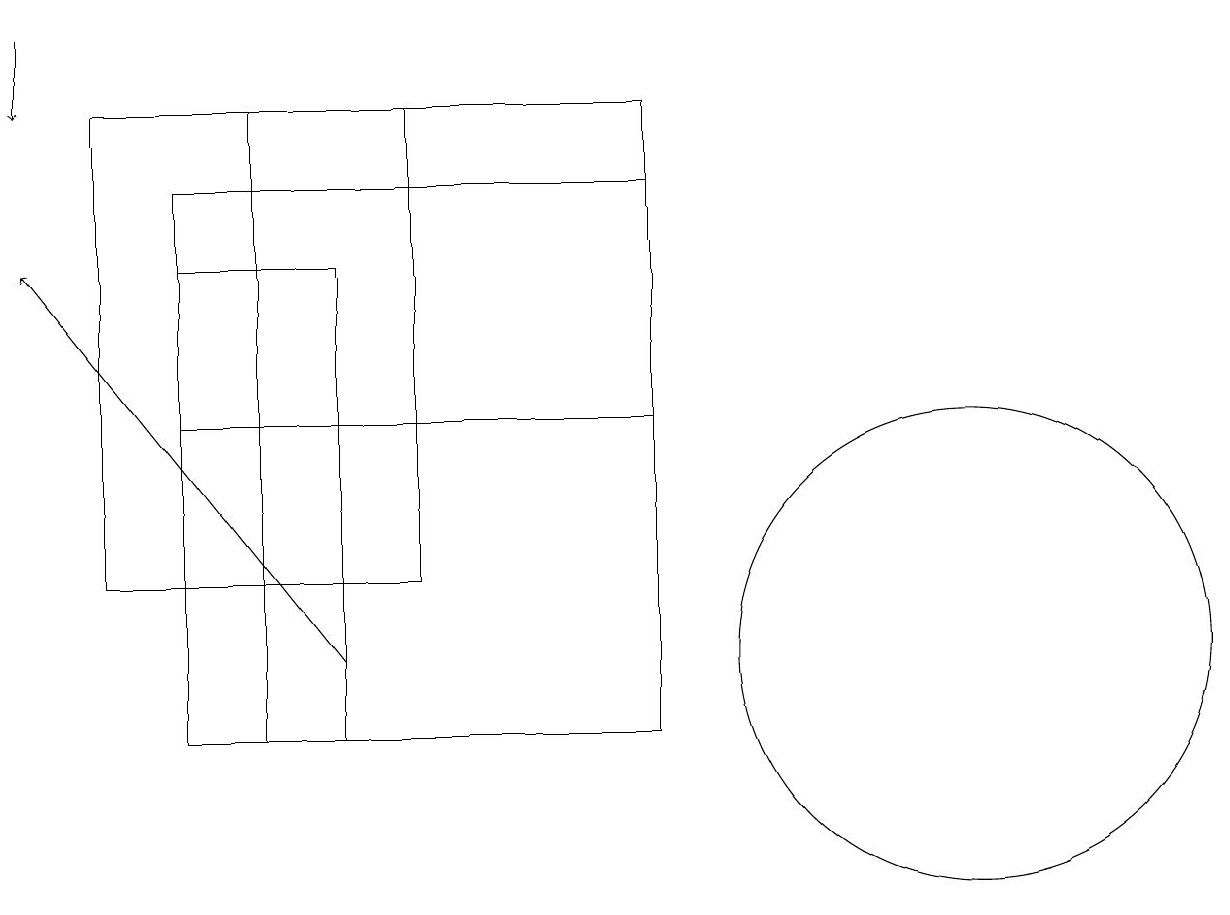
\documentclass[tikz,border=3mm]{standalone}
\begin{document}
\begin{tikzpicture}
\draw (4,10) rectangle (2,16);
\draw (12,11) circle (3);
\draw (2,17) rectangle (8,14);
\draw (1,18) rectangle (5,12);
\draw (8,10) rectangle (3,18);
\draw[->] (4,11) -- (0,16);
\draw[->] (0,19) -- (0,18);
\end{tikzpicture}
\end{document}